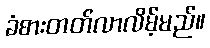
ခံစားတတ်လာလိမ့်မည်။